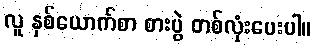
လူ နှစ်ယောက်စာ စားပွဲ တစ်လုံးပေးပါ။